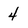
Character: 4